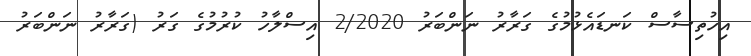
އިހުތިސާސް ކަނޑައެޅުމުގެ ގަރާރު ނަންބަރު 2/2020 އިސްލާހު ކުރުމުގެ ގަރު (ގަރާރު ނަންބަރު